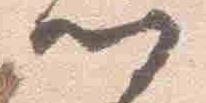
門